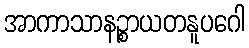
အာကာသာနဉ္စာယတနူပဂေါ